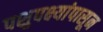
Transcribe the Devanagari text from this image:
पशुपक्ष्यांपासून